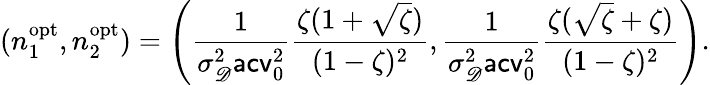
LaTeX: (n_{1}^{\mathrm{opt}},n_{2}^{\mathrm{opt}})=\left(\frac{1}{\sigma_{\mathscr D}^{2}\mathsf{acv}_{0}^{2}}\frac{\zeta(1+\sqrt\zeta)}{(1-\zeta)^{2}},\frac{1}{\sigma_{\mathscr D}^{2}\mathsf{acv}_{0}^{2}}\frac{\zeta(\sqrt\zeta+\zeta)}{(1-\zeta)^{2}}\right).